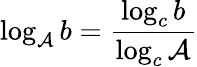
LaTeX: \log_{\mathcal{A}}b=\frac{{\log_{c}b}}{{\log_{c}\mathcal{A}}}